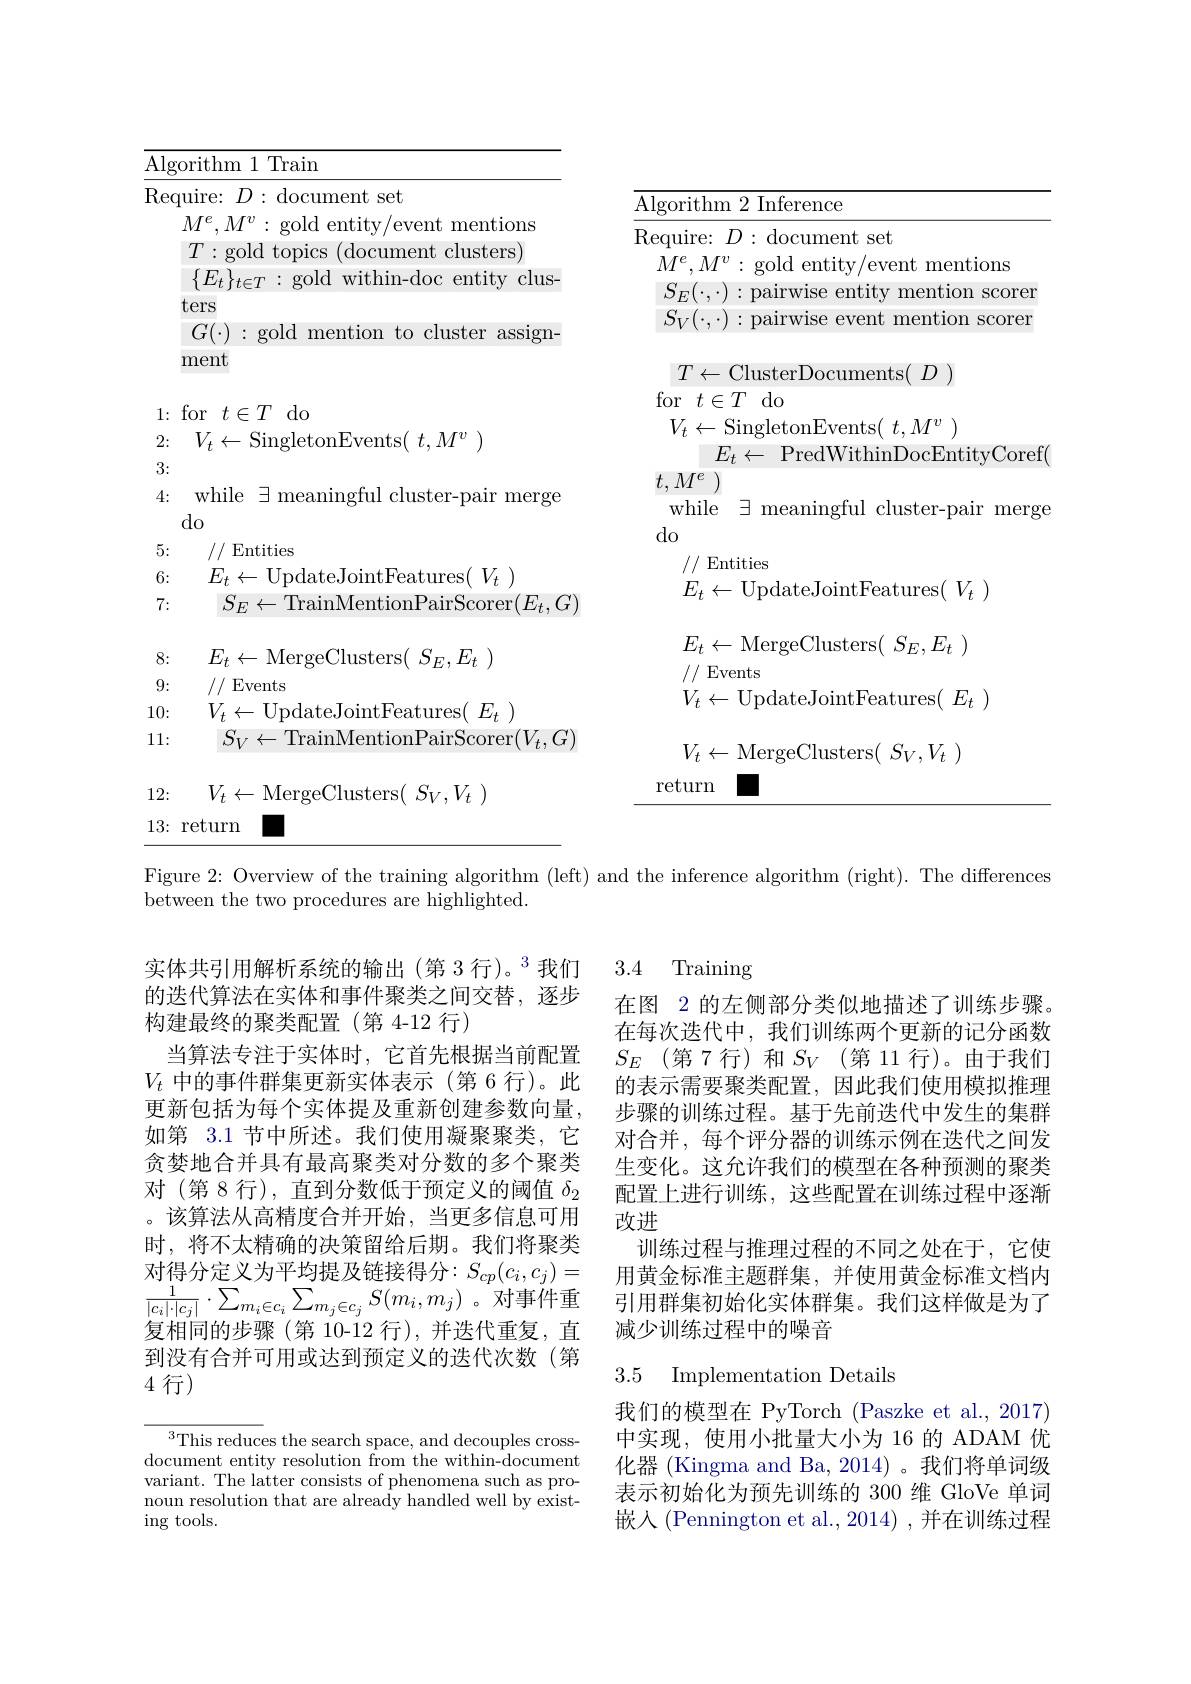
<table>
	<tbody>
		<tr>
			<td>ithm 1 Train</td>
			<td> </td>
		</tr>
		<tr>
			<td>while$\exists$meaningfulcluster-pairmerge do</td>
			<td>$t,M$ e $\exists$meaningful cluster-pair merg while</td>
		</tr>
		<tr>
			<td>$S_{E}\leftarrow$TrainMentionPairScorer$(E_t,G)$</td>
			<td>$-Up($ LC $\Gamma t$ $ESI$ $Vt$</td>
		</tr>
		<tr>
			<td>1.1</td>
			<td>$E_{t}\leftarrow$MergeClusters($S_E,E_{t})$</td>
		</tr>
		<tr>
			<td>$\mathcal{J}:$ $,{}^{{\boldsymbol{L}}}l$</td>
			<td>1// Events</td>
		</tr>
		<tr>
			<td>L 1/ cocl $E_{i}$</td>
			<td>$H_{it}^{\prime}$</td>
		</tr>
		<tr>
			<td>$1\cos ($ $Lt$ ) $\operatorname{Scorer}(V,C_{t}$</td>
			<td> </td>
		</tr>
		<tr>
			<td> </td>
			<td>$V_{t}\leftarrow$MergeClusters($S_V,V_{t})$ return</td>
		</tr>
		<tr>
			<td>return</td>
			<td> </td>
		</tr>
	</tbody>
</table>

Figure 2: Overview of the training algorithm (left) and the inference algorithm (right). The differences
between the two procedures are highlighted.

3.4 Training

在图 2 的左侧部分类似地描述了训练步骤。在每次迭代中，我们训练两个更新的记分函数$S_E$(第7行)和$S_V$(第11行)。由于我们的表示需要聚类配置，因此我们使用模拟推理步骤的训练过程。基于先前迭代中发生的集群对合并，每个评分器的训练示例在迭代之间发生变化。这允许我们的模型在各种预测的聚类配置上进行训练，这些配置在训练过程中逐渐改进
训练过程与推理过程的不同之处在于，它使用黄金标准主题群集，并使用黄金标准文档内
$\frac1{|c_i|\cdot|c_j|}\cdot\sum_{m_i\in c_i}\sum_{m_j\in c_j}S(m_i,m_j)$。对事件重 引用群集初始化实体群集。我们这样做是为了
减少训练过程中的噪音

实体共引用解析系统的输出(第 3 行)。$^{3}$我们的迭代算法在实体和事件聚类之间交替，逐步构建最终的聚类配置(第 4-12 行)
当算法专注于实体时，它首先根据当前配置$V_t$中的事件群集更新实体表示(第6 行)。此更新包括为每个实体提及重新创建参数向量， 如第 3.1 节中所述。我们使用凝聚聚类，它贪婪地合并具有最高聚类对分数的多个聚类对(第8 行),直到分数低于预定义的阈值$\delta_2$ 。该算法从高精度合并开始，当更多信息可用时，将不太精确的决策留给后期。我们将聚类对得分定义为平均提及链接得分$:S_cp(c_i,c_j)=$ 复相同的步骤(第 10-12 行),并迭代重复，直到没有合并可用或达到预定义的迭代次数(第4行)

## 3.5 Implementation Details

我们的模型在 PyTorch (Paszke et al., 2017) 中实现，使用小批量大小为 16 的 ADAM 优化器 (Kingma and Ba, 2014)。我们将单词级表示初始化为预先训练的 300 维 GloVe 单词嵌入(Pennington et al.,2014) ,并在训练过程

$^3$This reduces the search space, and decouples crossdocument entity resolution from the within-document variant. The latter consists of phenomena such as pronoun resolution that are already handled well by exist- $\operatorname{ing}$tools.